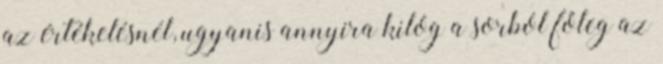
az értékelésnél, ugyanis annyira kilóg a sorból főleg az